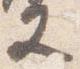
又